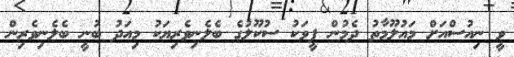
ވީ ނިއުސްއަށް މައުލޫމާތު ދެމުން ފީވަކު ސުކޫލުގެ ބެލެނިވެރިޔަކު މިއަދު ބުނީ ބެލެނިވެރިން